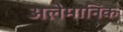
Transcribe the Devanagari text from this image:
अलेमानिक